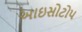
આઇસોટોપ